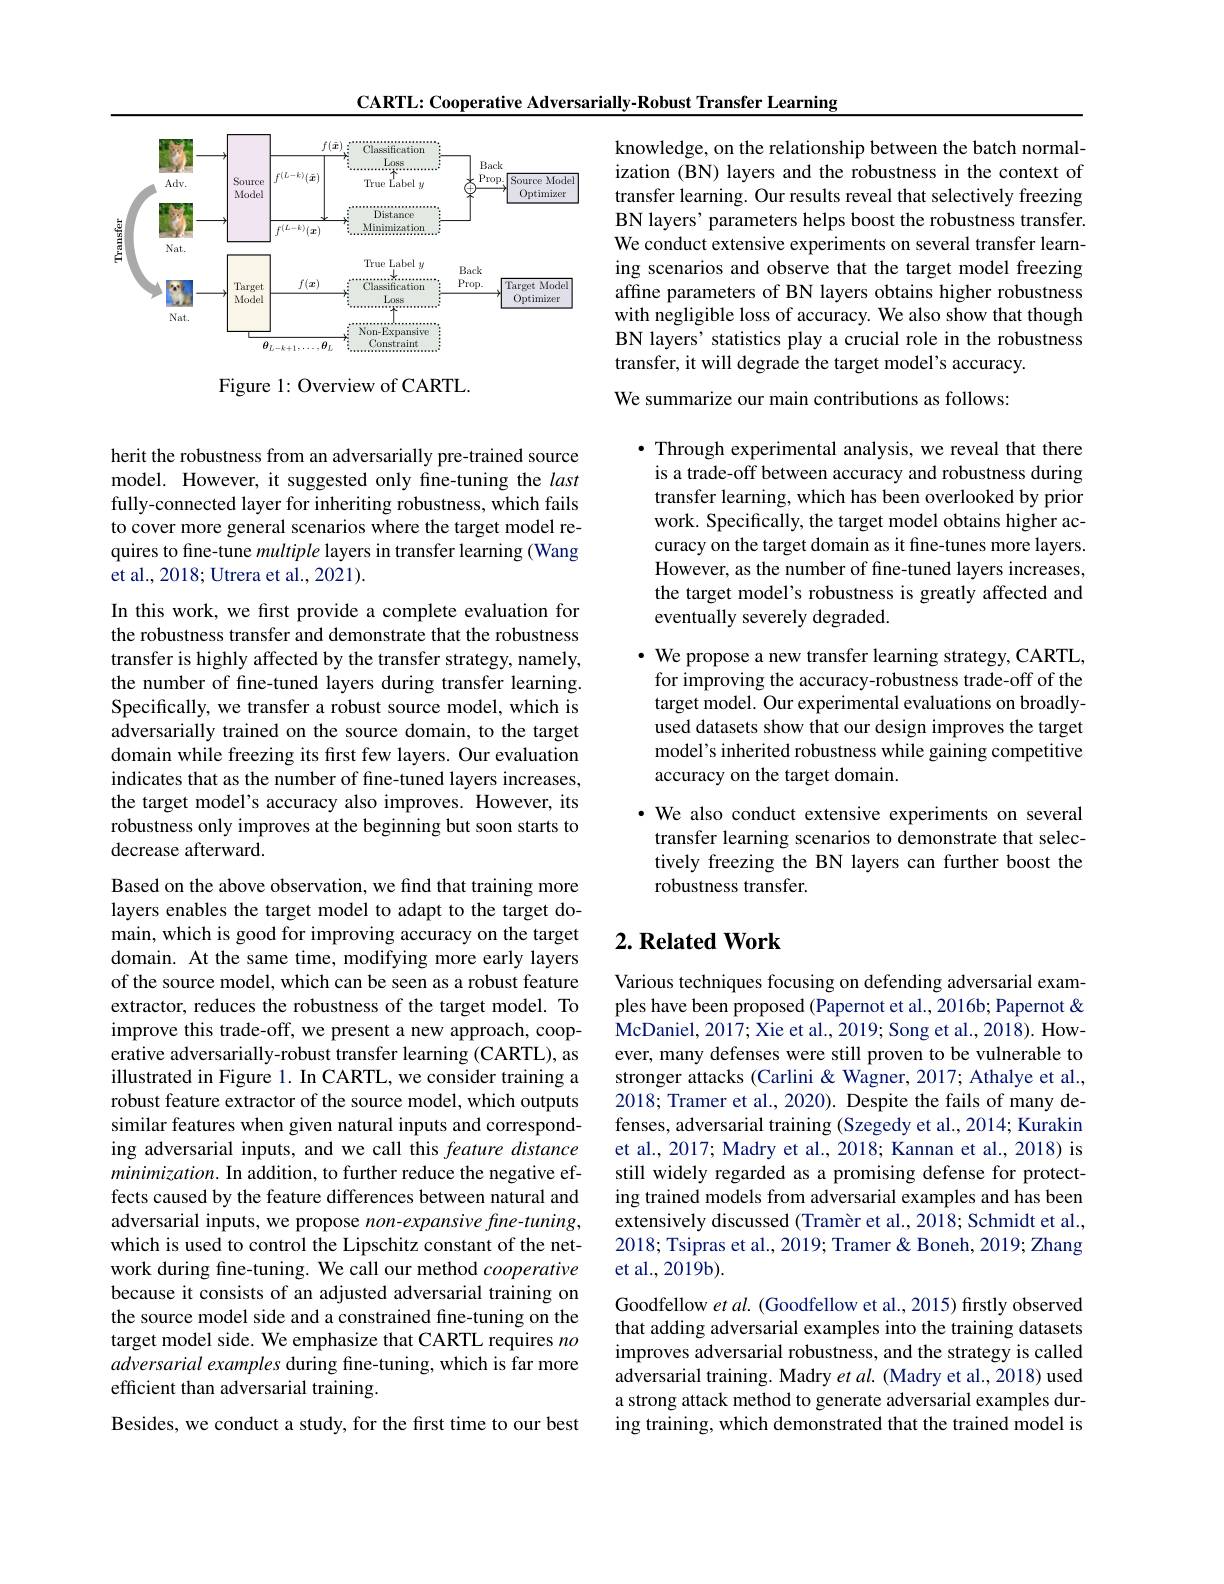
CARTL: Cooperative Adversarially-Robust Transfer Learning

<FigureHere>

Figure 1: Overview of CARTL.

herit the robustness from an adversarially pre-trained source model. However, it suggested only fine-tuning the last fully-connected layer for inheriting robustness, which fails to cover more general scenarios where the target model requires to fine-tune multiple layers in transfer learning (Wang et al., 2018; Utrera et al., 2021).

In this work, we first provide a complete evaluation for the robustness transfer and demonstrate that the robustness transfer is highly affected by the transfer strategy, namely, the number of fine-tuned layers during transfer learning. Specifically, we transfer a robust source model, which is adversarially trained on the source domain, to the target domain while freezing its first few layers. Our evaluation indicates that as the number of fine-tuned layers increases, the target model's accuracy also improves. However, its robustness only improves at the beginning but soon starts to decrease afterward.

Based on the above observation, we find that training more layers enables the target model to adapt to the target domain, which is good for improving accuracy on the target domain. At the same time, modifying more early layers of the source model, which can be seen as a robust feature extractor, reduces the robustness of the target model. To improve this trade-off, we present a new approach, cooperative adversarially-robust transfer learning (CARTL), as illustrated in Figure 1. In CARTL, we consider training a robust feature extractor of the source model, which outputs similar features when given natural inputs and corresponding adversarial inputs, and we call this feature distance minimization. In addition, to further reduce the negative effects caused by the feature differences between natural and adversarial inputs, we propose non-expansive fine-tuning, which is used to control the Lipschitz constant of the network during fine-tuning. We call our method cooperative because it consists of an adjusted adversarial training on the source model side and a constrained fine-tuning on the target model side. We emphasize that CARTL requires $no$ adversarial examples during fine-tuning, which is far more efficient than adversarial training.
Besides, we conduct a study, for the first time to our best

knowledge, on the relationship between the batch normalization (BN) layers and the robustness in the context of transfer learning. Our results reveal that selectively freezing BN layers' parameters helps boost the robustness transfer. We conduct extensive experiments on several transfer learning scenarios and observe that the target model freezing affine parameters of BN layers obtains higher robustness with negligible loss of accuracy. We also show that though BN layers' statistics play a crucial role in the robustness transfer, it will degrade the target model's accuracy. We summarize our main contributions as follows:

· Through experimental analysis, we reveal that there is a trade-off between accuracy and robustness during transfer learning, which has been overlooked by prior work. Specifically, the target model obtains higher accuracy on the target domain as it fine-tunes more layers. However, as the number of fine-tuned layers increases, the target model's robustness is greatly affected and eventually severely degraded.

$\bullet$ We propose a new transfer learning strategy, CARTL, for improving the accuracy-robustness trade-off of the target model. Our experimental evaluations on broadlyused datasets show that our design improves the target model's inherited robustness while gaining competitive accuracy on the target domain.
·We also conduct extensive experiments on several transfer learning scenarios to demonstrate that selectively freezing the BN layers can further boost the robustness transfer.

## $2. \textbf{ Related Work}$

Various techniques focusing on defending adversarial examples have been proposed (Papernot et al., 2016b; Papernot & McDaniel, 2017; Xie et al., 2019; Song et al., 2018). However, many defenses were still proven to be vulnerable to stronger attacks (Carlini & Wagner, 2017; Athalye et al., 2018; Tramer et al., 2020). Despite the fails of many defenses, adversarial training (Szegedy et al., 2014; Kurakin et al., 2017; Madry et al., 2018; Kannan et al., 2018) is still widely regarded as a promising defense for protecting trained models from adversarial examples and has been extensively discussed (Tramèr et al., 2018; Schmidt et al., 2018; Tsipras et al., 2019; Tramer & Boneh, 2019; Zhang et al., 2019b).
Goodfellow et al. (Goodfellow et al., 2015) firstly observed that adding adversarial examples into the training datasets improves adversarial robustness, and the strategy is called adversarial training. Madry $et\textit{al. ( Madry et al. , 2018) used}$ a strong attack method to generate adversarial examples during training, which demonstrated that the trained model is